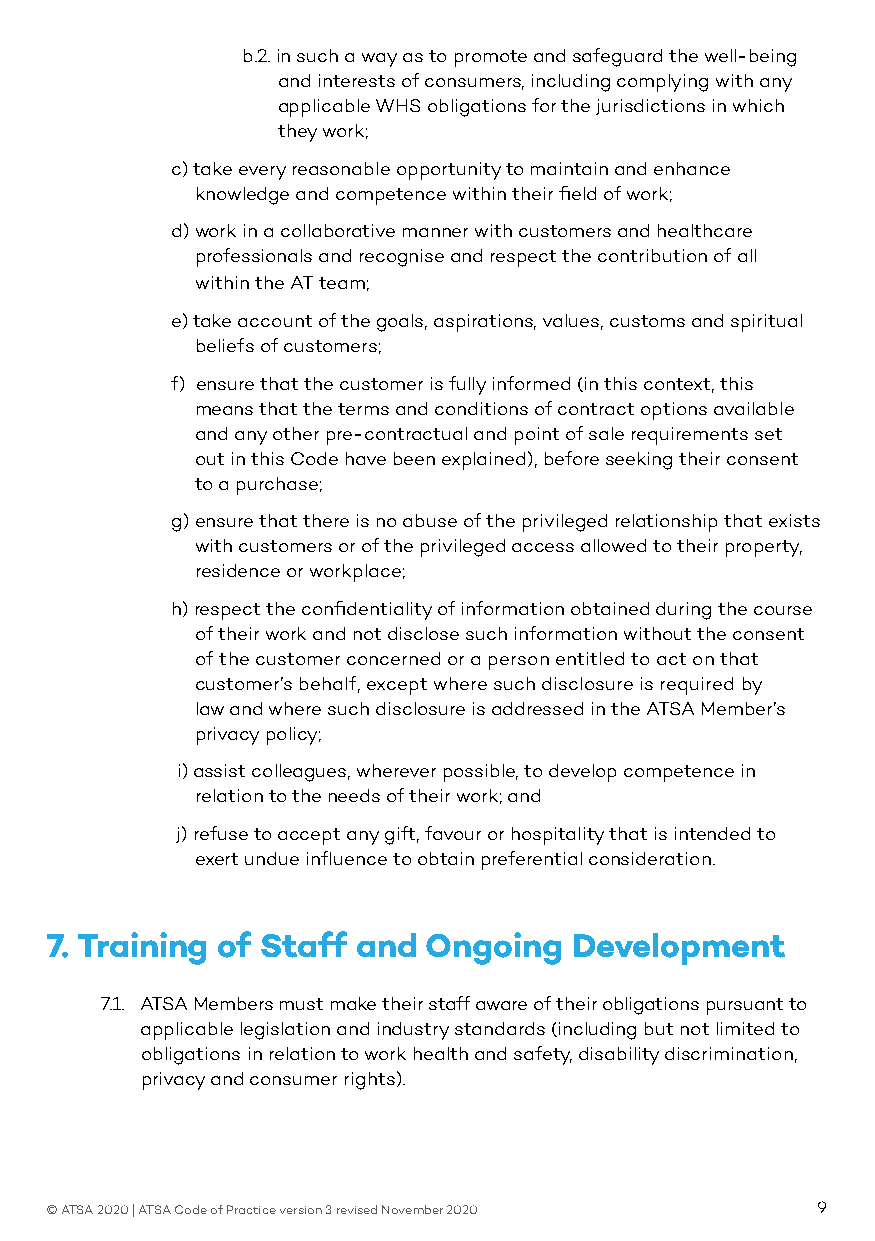
b.2. in such a way as to promote and safeguard the well-being
 and interests of consumers, including complying with any
 applicable WHS obligations for the jurisdictions in which
 they work;
 c) take every reasonable opportunity to maintain and enhance
 knowledge and competence within their field of work;
 d) work in a collaborative manner with customers and healthcare
 professionals and recognise and respect the contribution of all
 within the AT team;
 e) take account of the goals, aspirations, values, customs and spiritual
 beliefs of customers;
 f) ensure that the customer is fully informed (in this context, this
 means that the terms and conditions of contract options available
 and any other pre-contractual and point of sale requirements set
 out in this Code have been explained), before seeking their consent
 to a purchase;
 g) ensure that there is no abuse of the privileged relationship that exists
 with customers or of the privileged access allowed to their property,
 residence or workplace;
 h) respect the confidentiality of information obtained during the course
 of their work and not disclose such information without the consent
 of the customer concerned or a person entitled to act on that
 customer’s behalf, except where such disclosure is required by
 law and where such disclosure is addressed in the ATSA Member’s
 privacy policy;
 i) assist colleagues, wherever possible, to develop competence in
 relation to the needs of their work; and
 j) refuse to accept any gift, favour or hospitality that is intended to
 exert undue influence to obtain preferential consideration.
 7. Training of Staff and Ongoing   Development
 7.1. ATSA Members must make their staff aware of their obligations pursuant to
 applicable legislation and industry standards (including but not limited to
 obligations in relation to work health and safety, disability discrimination,
 privacy and consumer rights).
 © ATSA 2020 | ATSA Code of Practice version 3 revised November 2020 9